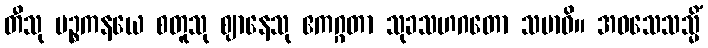
တီသု ပဉ္စကနယေ စတူသု ဈာနေသု ဧကဂ္ဂတာ သုခသဟဂတော သမာဓိ။ အဝသေသသ္မိံ